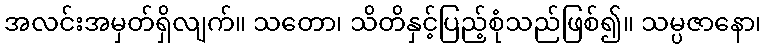
အလင်းအမှတ်ရှိလျက်။ သတော၊ သိတိနှင့်ပြည့်စုံသည်ဖြစ်၍။ သမ္ပဇာနော၊